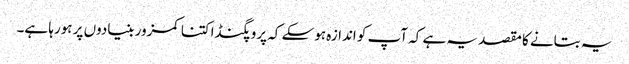
یہ بتانے کا مقصد یہ ہے کہ آپ کو اندازہ ہوسکے کہ پروپگنڈا کتنا کمزور بنیادوں پر ہورہا ہے۔